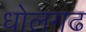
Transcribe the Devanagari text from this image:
धोलगढ